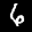
Label: 6